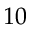
1 0